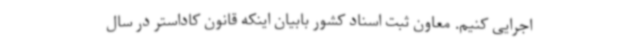
اجرایی کنیم. معاون ثبت اسناد کشور بابیان اینکه قانون کاداستر در سال